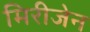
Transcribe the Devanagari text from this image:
मिरीजेन